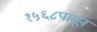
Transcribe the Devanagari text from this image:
१५६८पासून